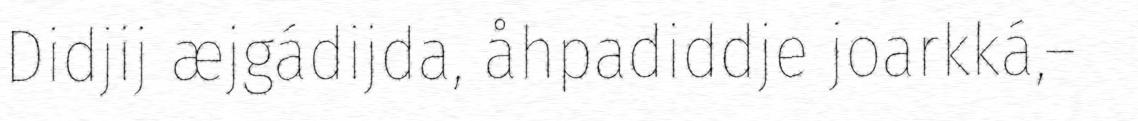
Didjij æjgádijda, åhpadiddje joarkká,–